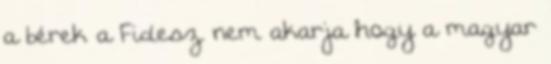
a bérek a Fidesz nem akarja hogy a magyar